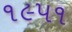
૧૯પ૧